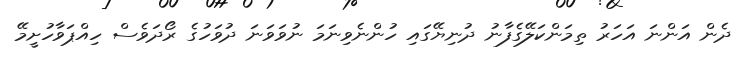
ދެން އަންނަ އަހަރު ތިމަންކަލޭގެފާނު ދުނިޔޭގައި ހުންނެވިނަމަ ނުވަވަނަ ދުވަހުގެ ރޯދަވެސް ހިއްޕަވާހުށީމޭ